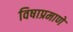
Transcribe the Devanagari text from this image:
विषाप्रमाणे